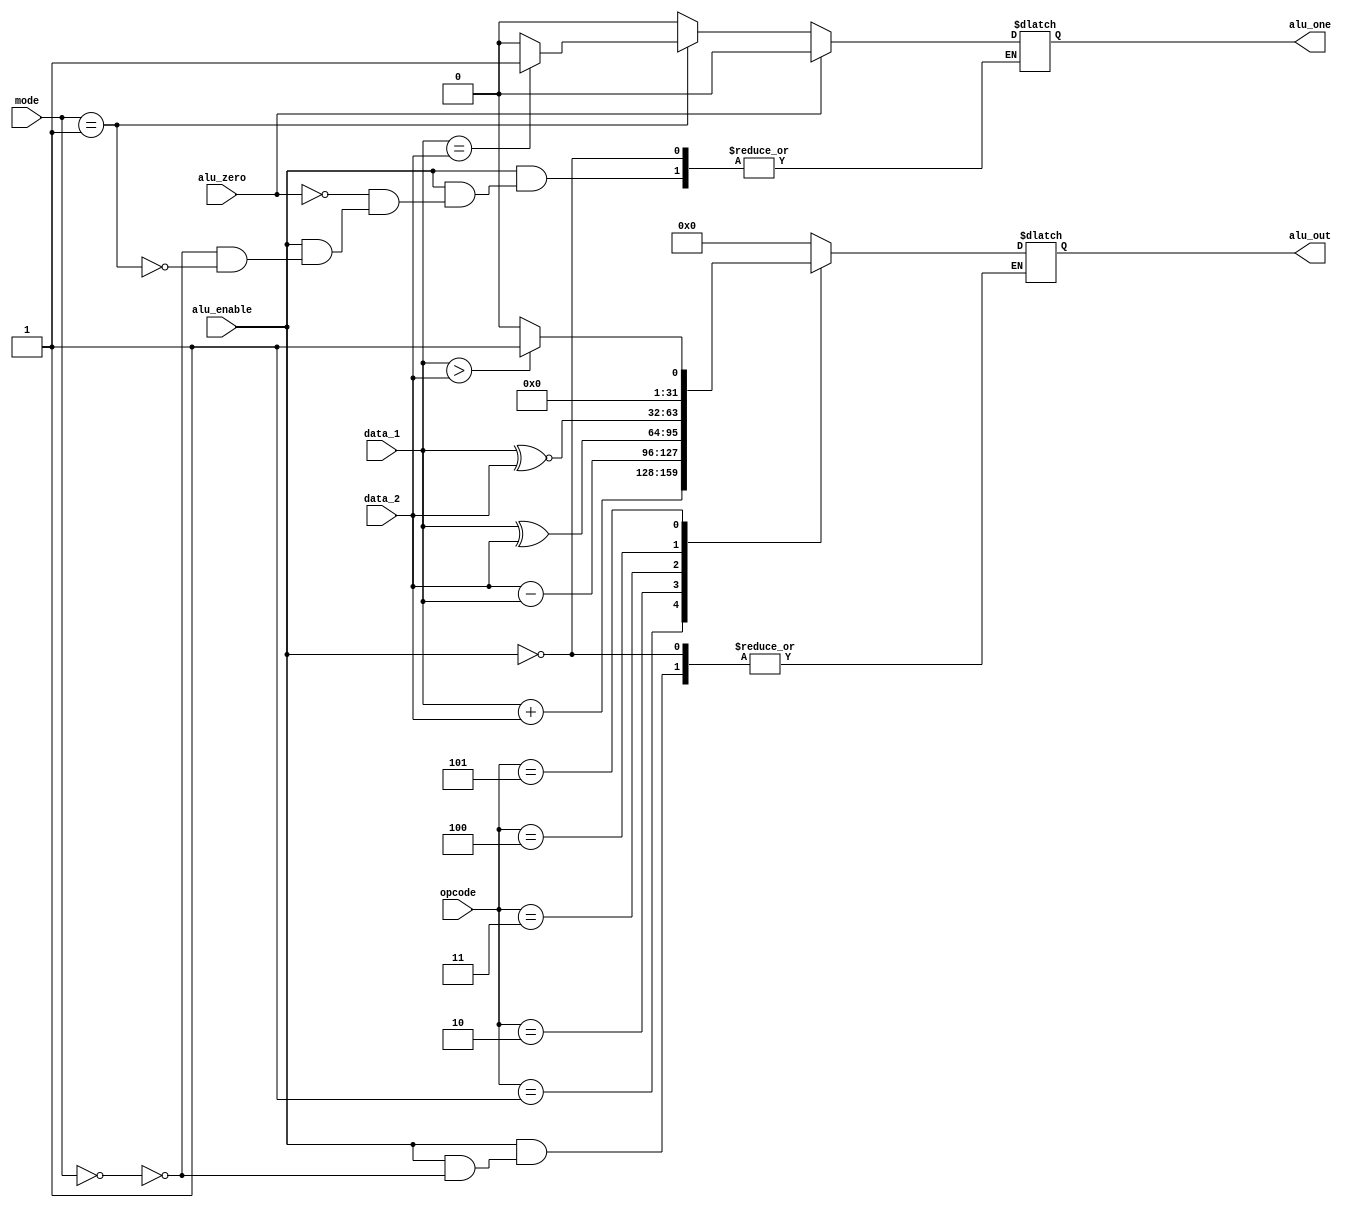
module ALU (alu_out, alu_one, alu_zero, data_1, data_2, alu_enable, mode, opcode);
  
  parameter word_size = 32;        /* size of an instruction */
  parameter opcode_size = 4;       /* size of the incoming opcode */
  parameter mode_size = 2;
  
  /* Various opcodes used for the instruction set */
  
  parameter NOP = 4'b0000;         /* No instruction performed */
  parameter ADD = 4'b0001;         /* Add the contents of two registers */ 
  parameter SUB = 4'b0010;         /* Subtract the contents of two registers */ 
  parameter XOR = 4'b0011;         /* Exclusive OR operation on the two register values */ 
  parameter XNOR = 4'b0100;        /* Exclusive NOR operation on the two register values */ 
  parameter SGT = 4'b0101;         /* Set Greater Than instruction sets alu_out = 1 if true */
  parameter CMP = 4'b0110;         /* Compare instruction sets alu_out = 1 if true */ 
  
  parameter USER = 0, JUMP = 1;
  output reg [word_size-1:0] alu_out;
  output reg alu_one;
  
  input [word_size-1:0] data_1, data_2;
  input [opcode_size-1:0] opcode; 
  input [mode_size-1:0] mode;
  input alu_zero;
  input alu_enable;
  
  always @ (opcode or data_1 or data_2 or mode or alu_zero or alu_enable)
  if (alu_enable)
  begin
  case(mode)
	USER: 	begin
			case(opcode)
				NOP: alu_out = 0; 
				ADD: alu_out = data_1 + data_2; 
				SUB: alu_out = data_2 - data_1; 
				XOR: alu_out = (data_1 ^ data_2); 
				XNOR: alu_out = (data_1 ~^ data_2);  
				SGT: if (data_1 > data_2) alu_out = 1; else alu_out = 0; 
				default: alu_out = 0;
			endcase
			alu_one = 0;
			end		
	JUMP:	if (data_1 == data_2) begin alu_one = 1; end else alu_one = 0;
  endcase
  if (alu_zero == 1) alu_one = 0;
  end
endmodule